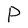
Character: P